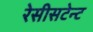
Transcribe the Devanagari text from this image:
रेसीसटेन्ट